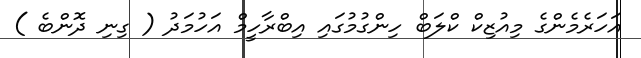
އަހަރެމެންގެ މިއުޒިކް ކްލަބް ހިންގުމުގައި އިބްރާހީމް އަހުމަދު ( ގިނި ދޮންބެ )